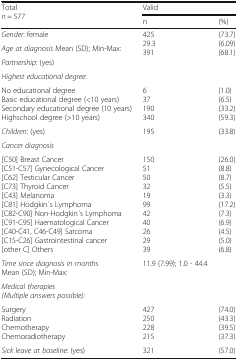
<table><thead><tr><td rowspan="2"><b>Total<i>n</i> = 577</b></td><td colspan="2"><b>Valid</b></td></tr><tr><td><b>n</b></td><td><b>(%)</b></td></tr></thead><tbody><tr><td><i>Gender</i>: female</td><td rowspan="3">42529.3391</td><td rowspan="3">(73.7)(6.09)(68.1)</td></tr><tr><td><i>Age at diagnosis</i> Mean (SD); Min-Max:</td></tr><tr><td><i>Partnership</i>: (yes)</td></tr><tr><td colspan="3"><i>Highest educational degree</i>:</td></tr><tr><td>No educational degreeBasic educational degree (&lt;10 years)Secondary educational degree (10 years)Highschool degree (&gt;10 years)</td><td>637190340</td><td>(1.0)(6.5)(33.2)(59.3)</td></tr><tr><td><i>Children</i>: (yes)</td><td>195</td><td>(33.8)</td></tr><tr><td colspan="3"><i>Cancer diagnosis</i></td></tr><tr><td>[C50] Breast Cancer[C51-C57] Gynecological Cancer[C62] Testicular Cancer[C73] Thyroid Cancer[C43] Melanoma[C81] Hodgkin ́s Lymphoma[C82-C90] Non-Hodgkin ́s Lymphoma[C91-C95] Haematological Cancer[C40-C41, C46-C49] Sarcoma[C15-C26] Gastrointestinal cancer[other C] Others</td><td>15051503219994240262939</td><td>(26.0)(8.8)(8.7)(5.5)(3.3)(17.2)(7.3)(6.9)(4.5)(5.0)(6.8)</td></tr><tr><td><i>Time since diagnosis in months</i>Mean (SD); Min-Max:</td><td>11.9 (7.99); 1.0 - 44.4</td><td></td></tr><tr><td colspan="3"><i>Medical therapies</i><i>(Multiple answers possible):</i></td></tr><tr><td>SurgeryRadiationChemotherapyChemoradiotherapy</td><td>427250228215</td><td>(74.0)(43.3)(39.5)(37.3)</td></tr><tr><td><i>Sick leave at baseline</i>: (yes)</td><td>321</td><td>(57.0)</td></tr></tbody></table>